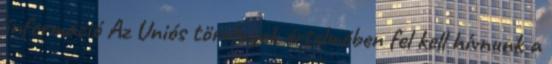
információ Az Uniós törvények értelmében fel kell hívnunk a